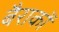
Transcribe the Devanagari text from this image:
बैराकों